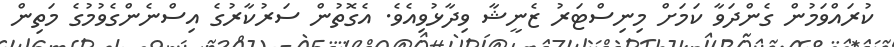
ކުރައްވަމުން ގެންދަވާ ކަމަށް މިނިސްޓަރު ޒެނީޝާ ވިދާޅުވިއެވެ. އެގޮތުން ސަރުކާރުގެ އިސްނެންގެވުމުގެ މަތިން